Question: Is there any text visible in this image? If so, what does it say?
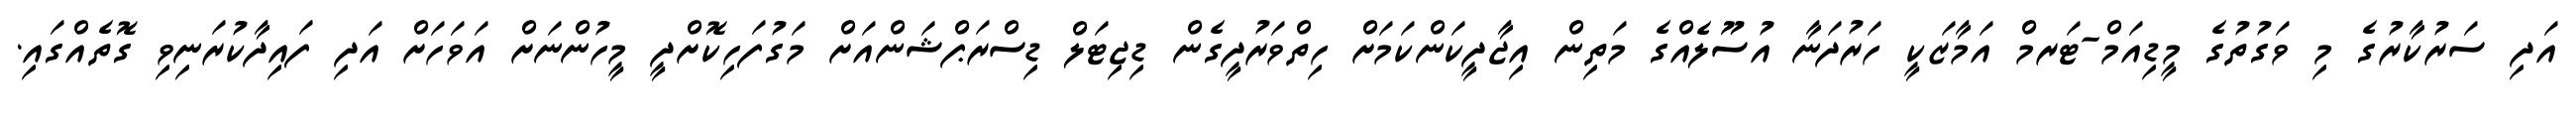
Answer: އަދި ސަރުކާރުގެ މި ވަގުތުގެ މީޑިއަމް-ޓަރމް އަމާޒަކީ ހަރުދަނާ އުސޫލެއްގެ މަތިން އިޖާދީކަންކަމަށް ހިތްވަރުދީގެން ޑިޖިޓަލް ޑިސްރަޕްޝަންއަށް މަގުފަހިކޮށްދީ މީހުންނަށް އަވަހަށް އަދި ފައިދާކުރަނިވި ގޮތެއްގައި.